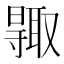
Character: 𠮊